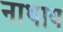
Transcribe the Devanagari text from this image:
नाथाय